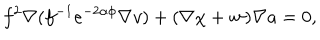
f ^ { 2 } \nabla ( f ^ { - 1 } e ^ { - 2 \alpha \phi } \nabla v ) + ( \nabla \chi + { \bf w } ) \nabla a = 0 ,